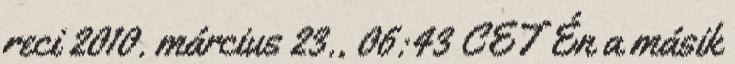
reci 2010. március 23., 06:43 CET Én a másik